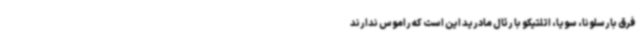
فرق بارسلونا، سویا، اتلتیکو با رئال مادرید این است که راموس ندارند